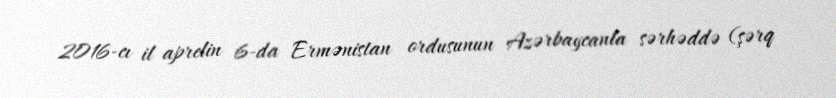
2016-cı il aprelin 6-da Ermənistan ordusunun Azərbaycanla sərhəddə (şərq